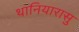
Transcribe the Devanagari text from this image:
थानियारासु